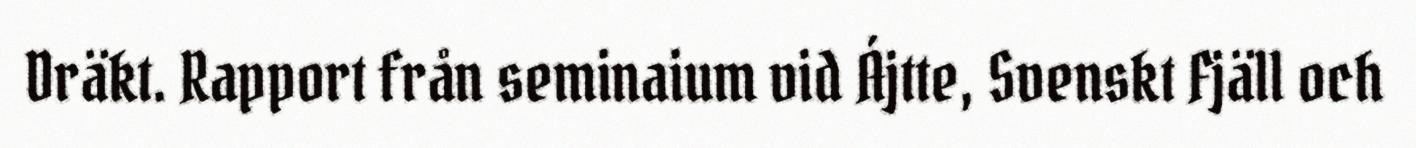
Dräkt. Rapport från seminaium vid Ájtte, Svenskt Fjäll och